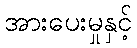
အားပေးမှုနှင့်